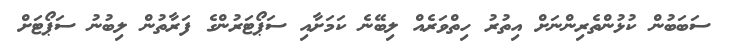
ސަބަބުން ކުޅުންތެރިންނަށް އިތުރު ހިތްވަރެއް ލިބޭނެ ކަަމަށާއި ސަޕޯޓަރުންގެ ފަރާތުން ލިބުނު ސަޕޯޓަށް